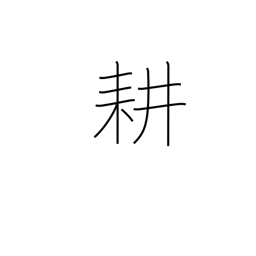
Meaning: till